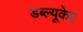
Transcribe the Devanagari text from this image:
डब्ल्यूकेए